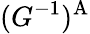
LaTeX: (G^{-1})^{\textrm{A}}